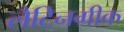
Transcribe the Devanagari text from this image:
लैटिनग्रीक